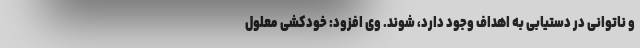
و ناتوانی در دستیابی به اهداف وجود دارد، شوند. وی افزود: خودکشی معلول